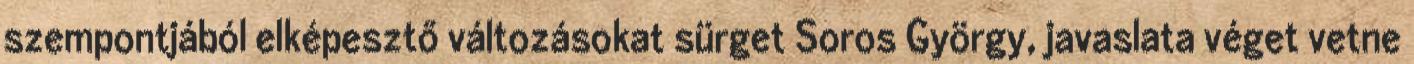
szempontjából elképesztő változásokat sürget Soros György, javaslata véget vetne